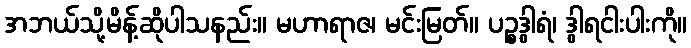
အဘယ်သို့မိန့်ဆိုပါသနည်း။ မဟာရာဇ၊ မင်းမြတ်။ ပဉ္စဒွါရံ၊ ဒွါရငါးပါးကို။